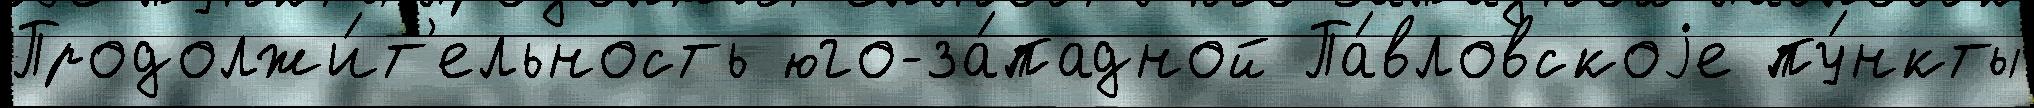
Продолжи́т'ельность юго-за́падной Па́вловскоjе пу́нкты